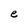
Character: e